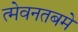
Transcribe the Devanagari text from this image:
त्मेवनतबमे